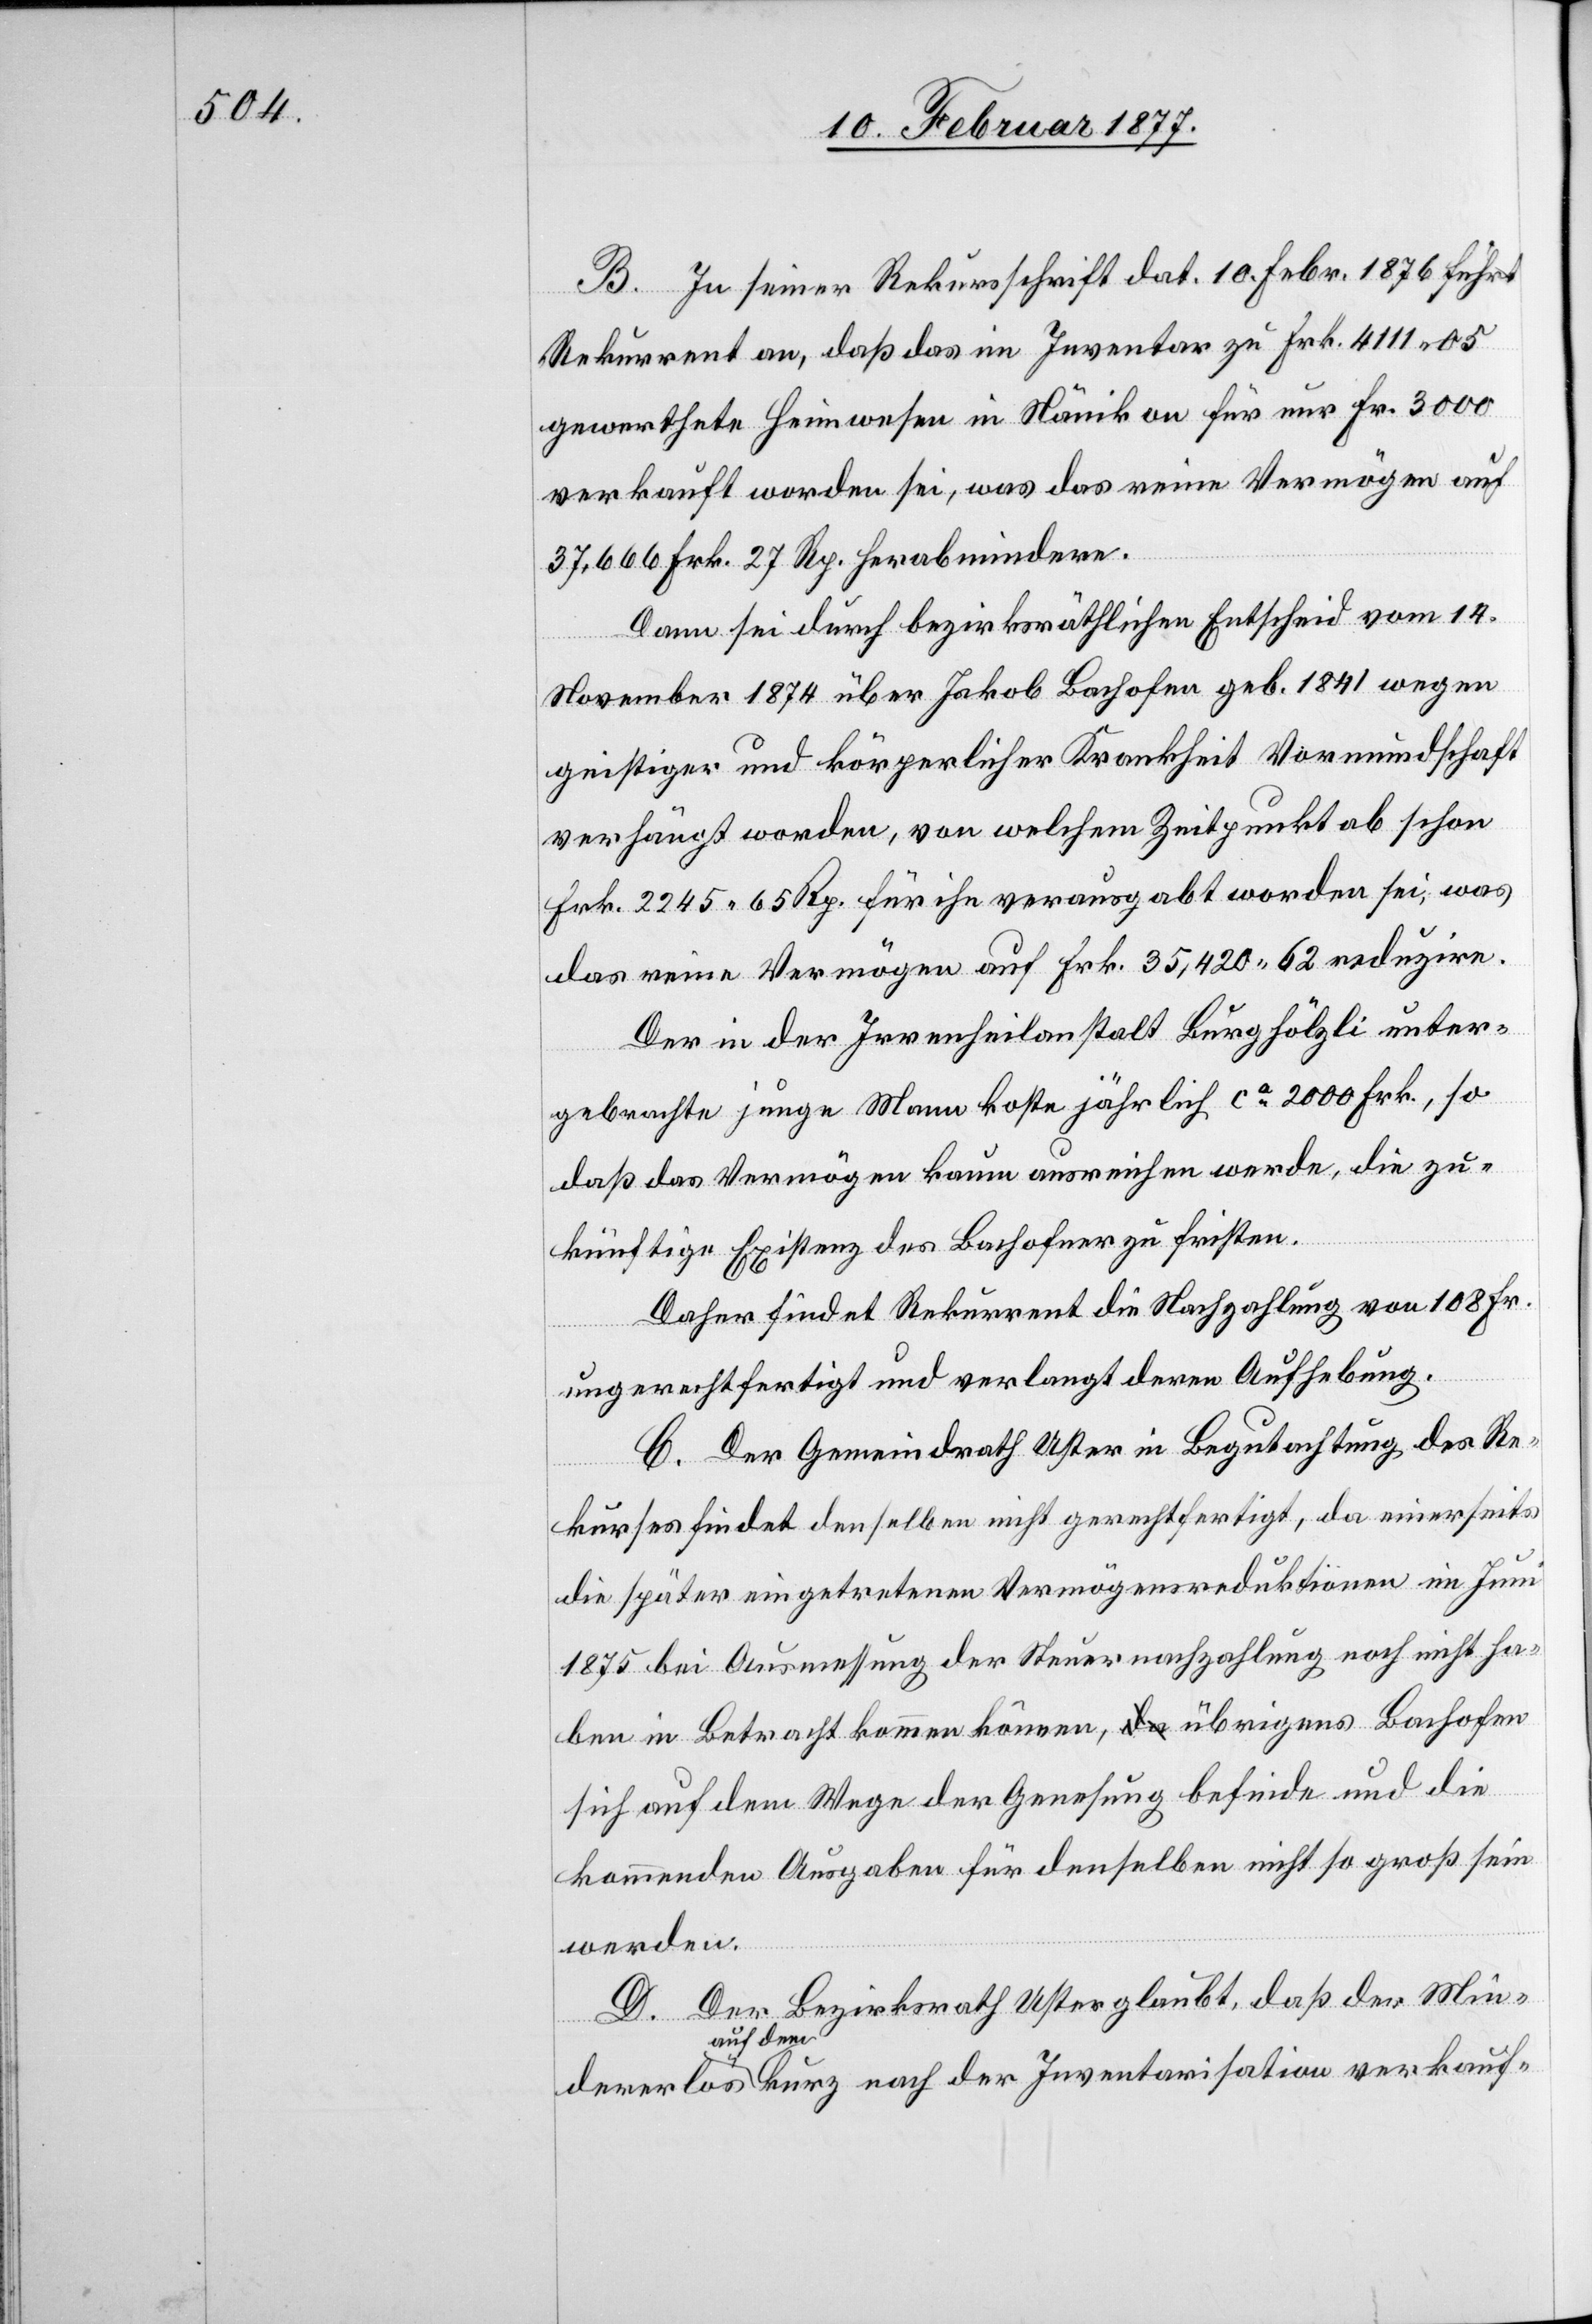
B. In seiner Rekursschrift dat. 10. Febr. 1876 führt
Rekurrent an, daß das im Inventar zu Frk. 4111.05
gewerthete Heimwesen in Nänikon für nur Fr. 3000
verkauft worden sei, was das reine Vermögen auf
37,666 Frk. 27 Rp. herabmindere.
Dann sei durch bezirksräthlichen Entscheid vom 14.
November 1874 über Jakob Bachofen [sic!] geb. 1841 wegen
geistiger und körperlicher Krankheit Vormundschaft
verhängt worden, von welchem Zeitpunkte ab schon
Frk. 2245 65 Rp. für ihn verausgabt worden sei, was
das reine Vermögen auf Frk. 35,420.62 reduzire.
Der in der Irrenheilanstalt Burghölzli unter¬
gebrachte junge Mann koste jährlich ca 2000 Frk., so
daß das Vermögen kaum ausreichen werde, die zu¬
künftige Existenz des Bachofner zu fristen.
Daher findet Rekurrent die Nachzahlung von 108 Fr.
ungerechtfertigt und verlangt deren Aufhebung.
C. Der Gemeindrath Uster in Begutachtung des Re¬
kurses findet denselben nicht gerechtfertigt, da einerseits
die später eingetretenen Vermögensreduktionen im Juni
1875 bei Ausmessung der Steuernachzahlung noch nicht ha¬
ben in Betracht kommen können, übrigens Bachofen
sich auf dem Wege der Genesung befinde und die
kommenden Ausgaben für denselben nicht so groß sein
werden.
D. Der Bezirksrath Uster glaubt, daß der Min¬
dererlös auf dem kurz nach der Inventarisation verkauf-